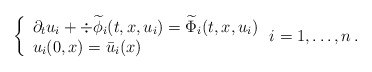
\begin{align*} \left\{ \begin{array}{l} \partial_t u_i + \div \widetilde\phi_i (t,x,u_i) = \widetilde\Phi_i(t,x,u_i) \\ u_i (0,x) = \bar u_i (x)\, \end{array} \right. i= 1, \ldots, n \,. \end{align*}